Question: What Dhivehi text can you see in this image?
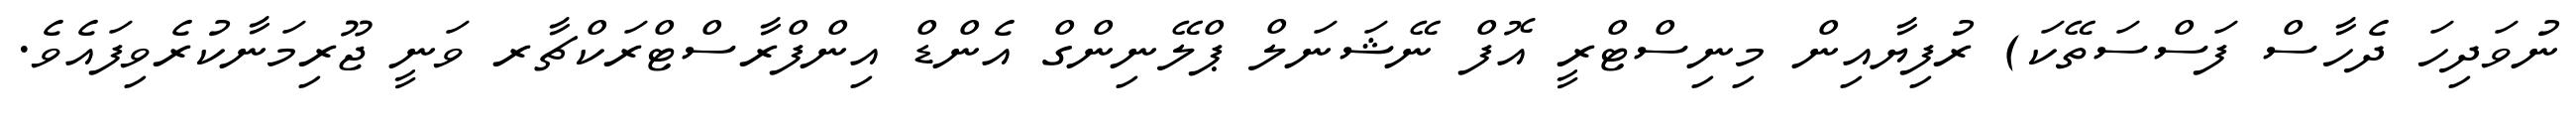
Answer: ނުވަދިހަ ދެހާސް ފަސްސަތޭކަ) ރުފިޔާއިން މިނިސްޓްރީ އޮފް ނޭޝަނަލް ޕްލޭނިންގް އެންޑް އިންފްރާސްޓްރަކްޗާރ ވަނީ ޖޫރިމަނާކުރެވިފައެވެ.